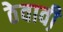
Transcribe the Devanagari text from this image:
ठेवावी़